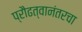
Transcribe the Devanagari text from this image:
प्रौढत्वानंतरचा